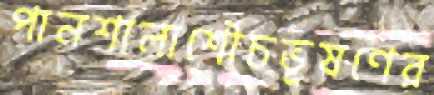
পানশালাশৌচভূষণের